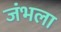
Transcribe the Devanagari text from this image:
जंभला